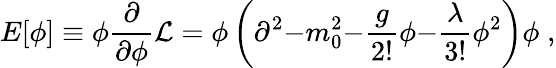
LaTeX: E[\phi]\equiv\phi{\frac{\partial}{\partial\phi}}{\cal L}=\phi\left(\partial^{2}{-}m_{0}^{2}{-}{\frac{g}{2!}}\phi{-}{\frac{\lambda}{3!}}\phi^{2}\right)\phi\; ,